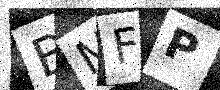
Text: BMFP